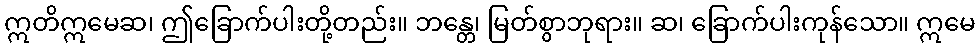
ဣတိဣမေဆ၊ ဤခြောက်ပါးတို့တည်း။ ဘန္တေ၊ မြတ်စွာဘုရား။ ဆ၊ ခြောက်ပါးကုန်သော။ ဣမေ